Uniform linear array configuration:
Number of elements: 64
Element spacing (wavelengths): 0.25
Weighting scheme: hann
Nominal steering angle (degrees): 15
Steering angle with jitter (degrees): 15.25
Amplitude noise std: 0.05
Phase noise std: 0.05

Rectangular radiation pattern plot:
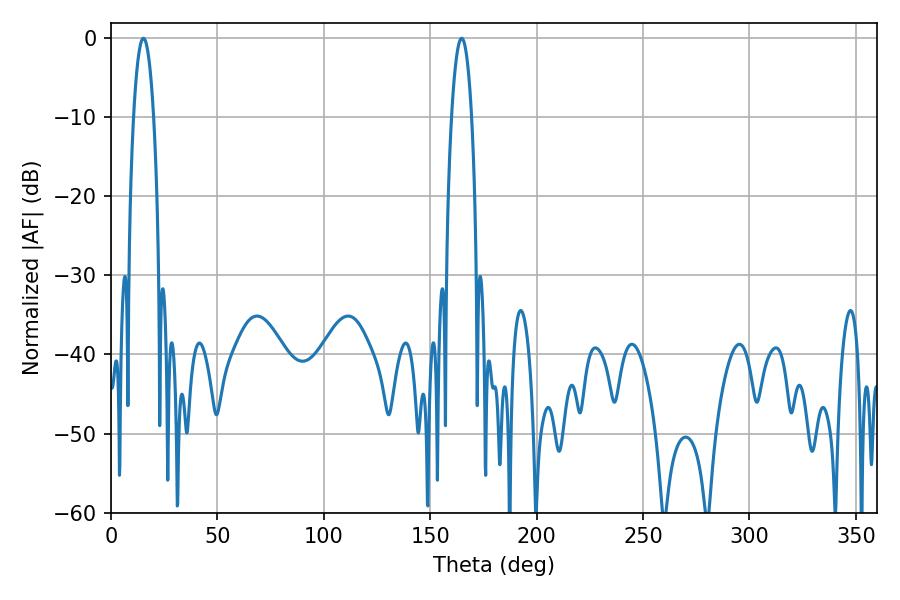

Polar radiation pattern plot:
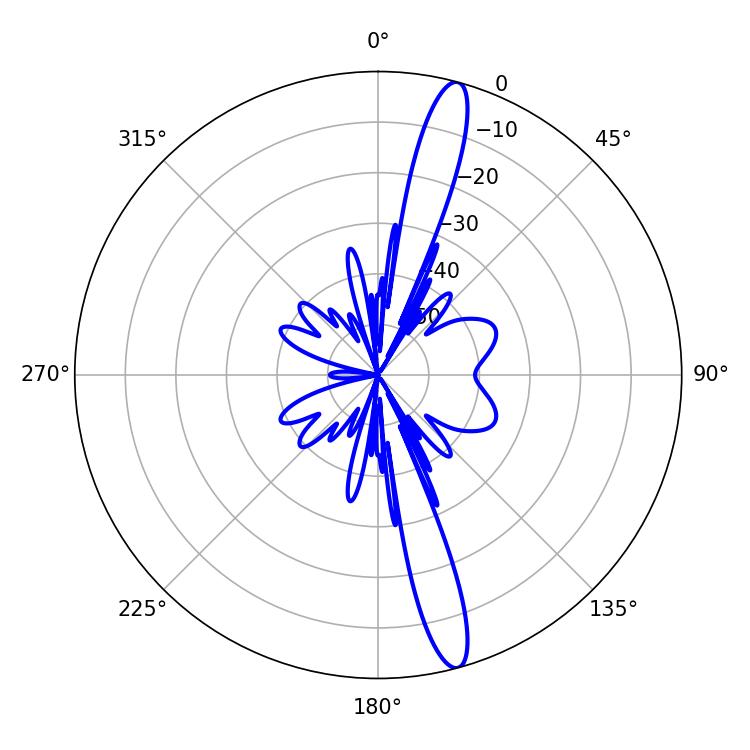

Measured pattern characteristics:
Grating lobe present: FALSE
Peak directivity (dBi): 15.852
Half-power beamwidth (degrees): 5.22
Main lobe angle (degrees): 15.3